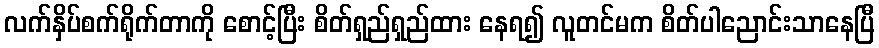
လက်နှိပ်စက်ရိုက်တာကို စောင့်ပြီး စိတ်ရှည်ရှည်ထား နေရ၍ လူတင်မက စိတ်ပါညောင်းသာနေပြီ